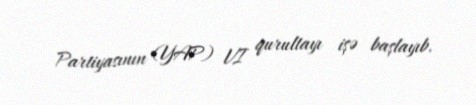
Partiyasının (YAP) VI qurultayı işə başlayıb.